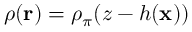
\rho ( { \bf r } ) = \rho _ { \pi } ( z - h ( { \bf x } ) )